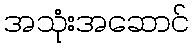
အသုံးအဆောင်